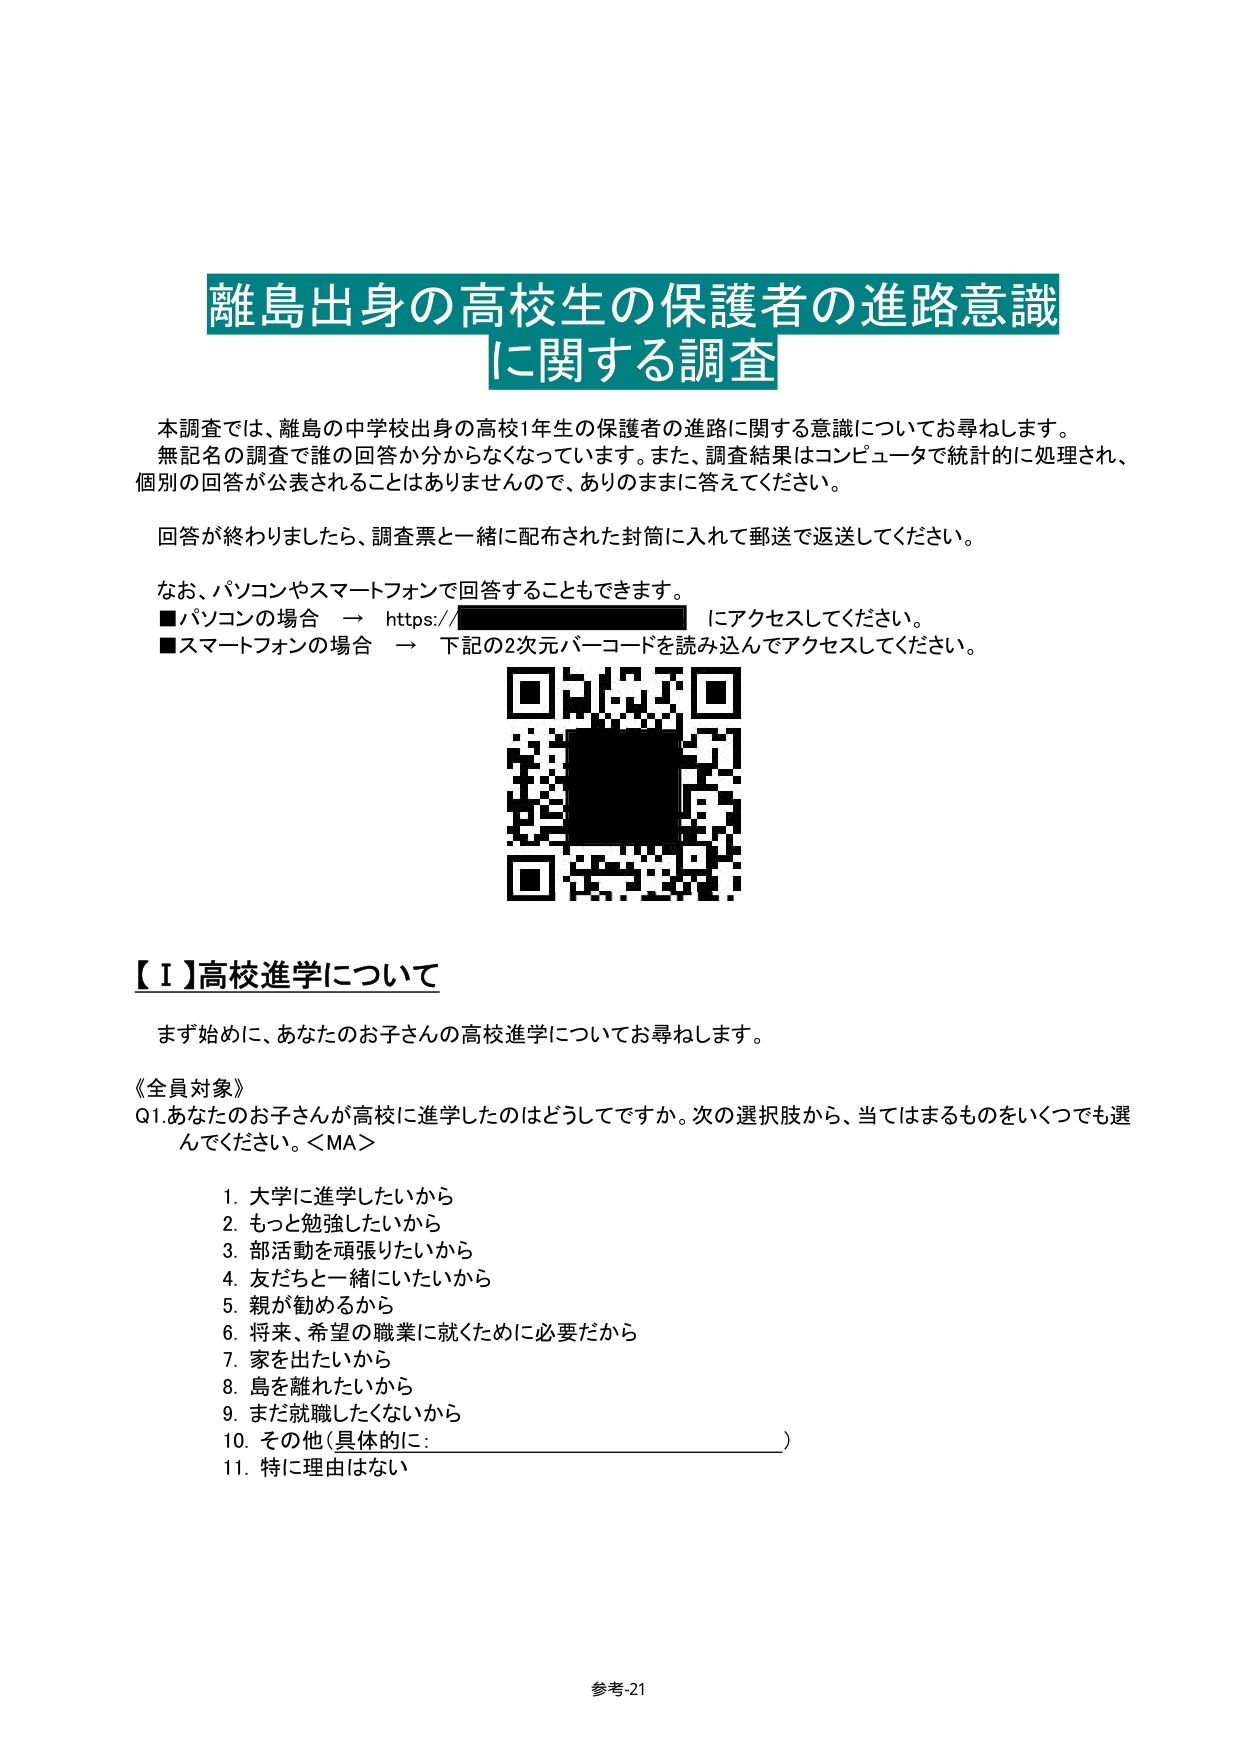
離島出身の高校生の保護者の進路意識
に関する調査

本調査では、離島の中学校出身の高校1年生の保護者の進路に関する意識についてお尋ねします。
無記名の調査で誰の回答か分からなくなっています。また、調査結果はコンピュータで統計的に処理され、
個別の回答が公表されることはありませんので、ありのままに答えてください。

回答が終わりましたら、調査票と一緒に配布された封筒に入れて郵送で返送してください。

なお、パソコンやスマートフォンで回答することもできます。
■パソコンの場合 → https://（URL部分が黒塗りで隠されている）にアクセスしてください。
■スマートフォンの場合 → 下記の2次元バーコードを読み込んでアクセスしてください。

【Ⅰ】高校進学について

まず始めに、あなたのお子さんの高校進学についてお尋ねします。

《全員対象》
Q1. あなたのお子さんが高校に進学したのはどうしてですか。次の選択肢から、当てはまるものをいくつでも選んでください。<MA>

1. 大学に進学したいから
2. もっと勉強したいから
3. 部活動を頑張りたいから
4. 友だちと一緒にいたいから
5. 親が勧めるから
6. 将来、希望の職業に就くために必要だから
7. 家を出たいから
8. 島を離れたいから
9. まだ就職したくないから
10. その他（具体的に：________________________）
11. 特に理由はない

参考-21